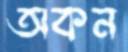
অকন